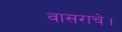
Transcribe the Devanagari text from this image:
वासराचे।